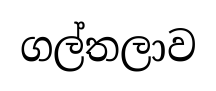
ගල්තලාව